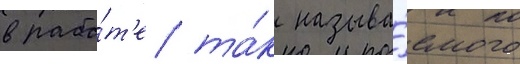
в рабо́т'е та́к называ́емого